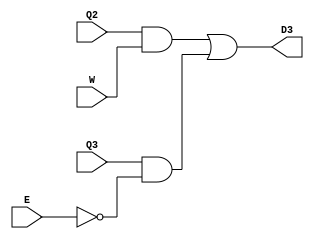
`timescale 1ns / 1ps
//////////////////////////////////////////////////////////////////////////////////
// Company: 
// Engineer: 
// 
// Design Name: 
// Module Name: Location6
// Project Name: 
// Target Devices: 
// Tool Versions: 
// Description: 
// 
// Dependencies: 
// 
// Revision:
// Revision 0.01 - File Created
// Additional Comments:
// 
//////////////////////////////////////////////////////////////////////////////////


module Location3(input E, W, Q2, Q3, output D3);

    assign D3 = (Q2 & W) | (Q3 & ~E);

endmodule